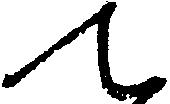
て